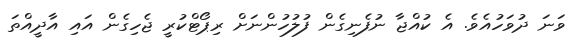
ވަނަ ދުވަހުއެވެ. އެ ކުއްޖާ ނުފެނިގެން ފުލުހުންނަށް ރިޕޯޓްކުރީ ޖެހިގެން އައި އާދީއްތަ